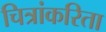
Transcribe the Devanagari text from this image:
चित्रांकरिता